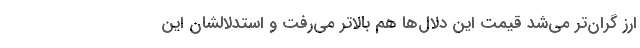
ارز گران‌تر می‌شد قیمت این دلال‌ها هم بالاتر می‌رفت و استدلالشان این